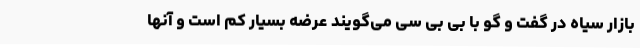
بازار سیاه در گفت و گو با بی بی سی می‌گویند عرضه بسیار کم است و آنها